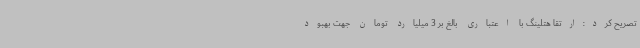
تصریح کرد:ارتقا هتلینگ با اعتباری بالغ بر 3 میلیارد تومان جهت بهبود